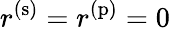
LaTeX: r^{(\mathrm{s})}=r^{(\mathrm{p})}=0